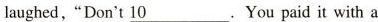
"Don't \underline{10}.You paid it with a glass of milk."